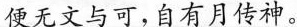
便无文与可，自有月传神。